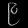
Digit: ၉